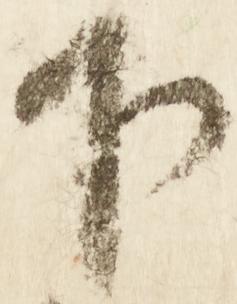
下